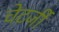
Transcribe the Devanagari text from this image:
चेटर्जी